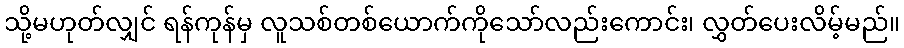
သို့မဟုတ်လျှင် ရန်ကုန်မှ လူသစ်တစ်ယောက်ကိုသော်လည်းကောင်း၊ လွှတ်ပေးလိမ့်မည်။